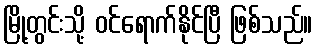
မြို့တွင်းသို့ ဝင်ရောက်နိုင်ပြီ ဖြစ်သည်။